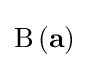
\operatorname {\mathrm {B} } \left(\mathbf {a} \right)